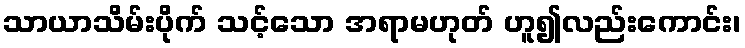
သာယာသိမ်းပိုက် သင့်သော အရာမဟုတ် ဟူ၍လည်းကောင်း၊